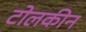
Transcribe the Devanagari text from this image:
टोलकीन